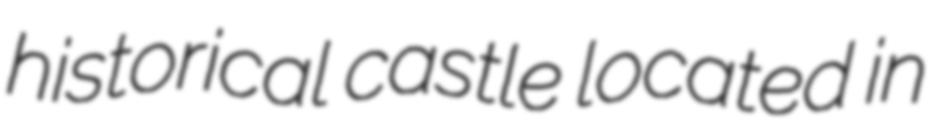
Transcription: historical castle located in